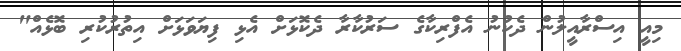
މިއީ އިސްރާއީލުން ދެކުނު އެފްރިކާގެ ސަރުކާރާ ދެކޮޅަށް އެޅި ފިޔަވަޅަށް އިތުރުކުރި ބޮޅެއް"